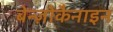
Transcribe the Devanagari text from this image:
बेन्ज़ोकैनाइन